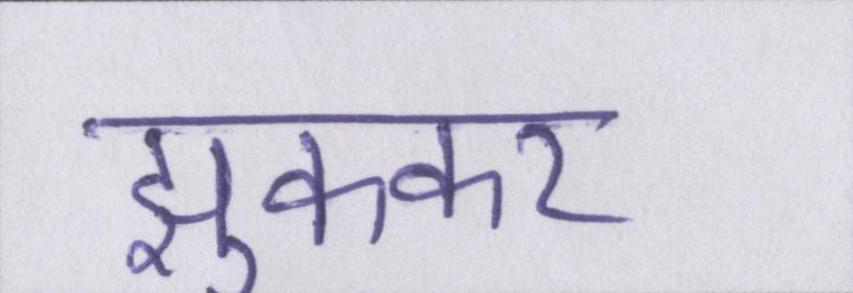
झुककर